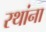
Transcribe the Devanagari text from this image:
रथांना